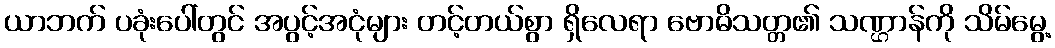
ယာဘက် ပခုံးပေါ်တွင် အပွင့်အငုံများ တင့်တယ်စွာ ရှိလေရာ ဗောဓိသတ္တ၏ သဏ္ဌာန်ကို သိမ်မွေ့